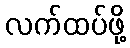
လက်ထပ်ဖို့